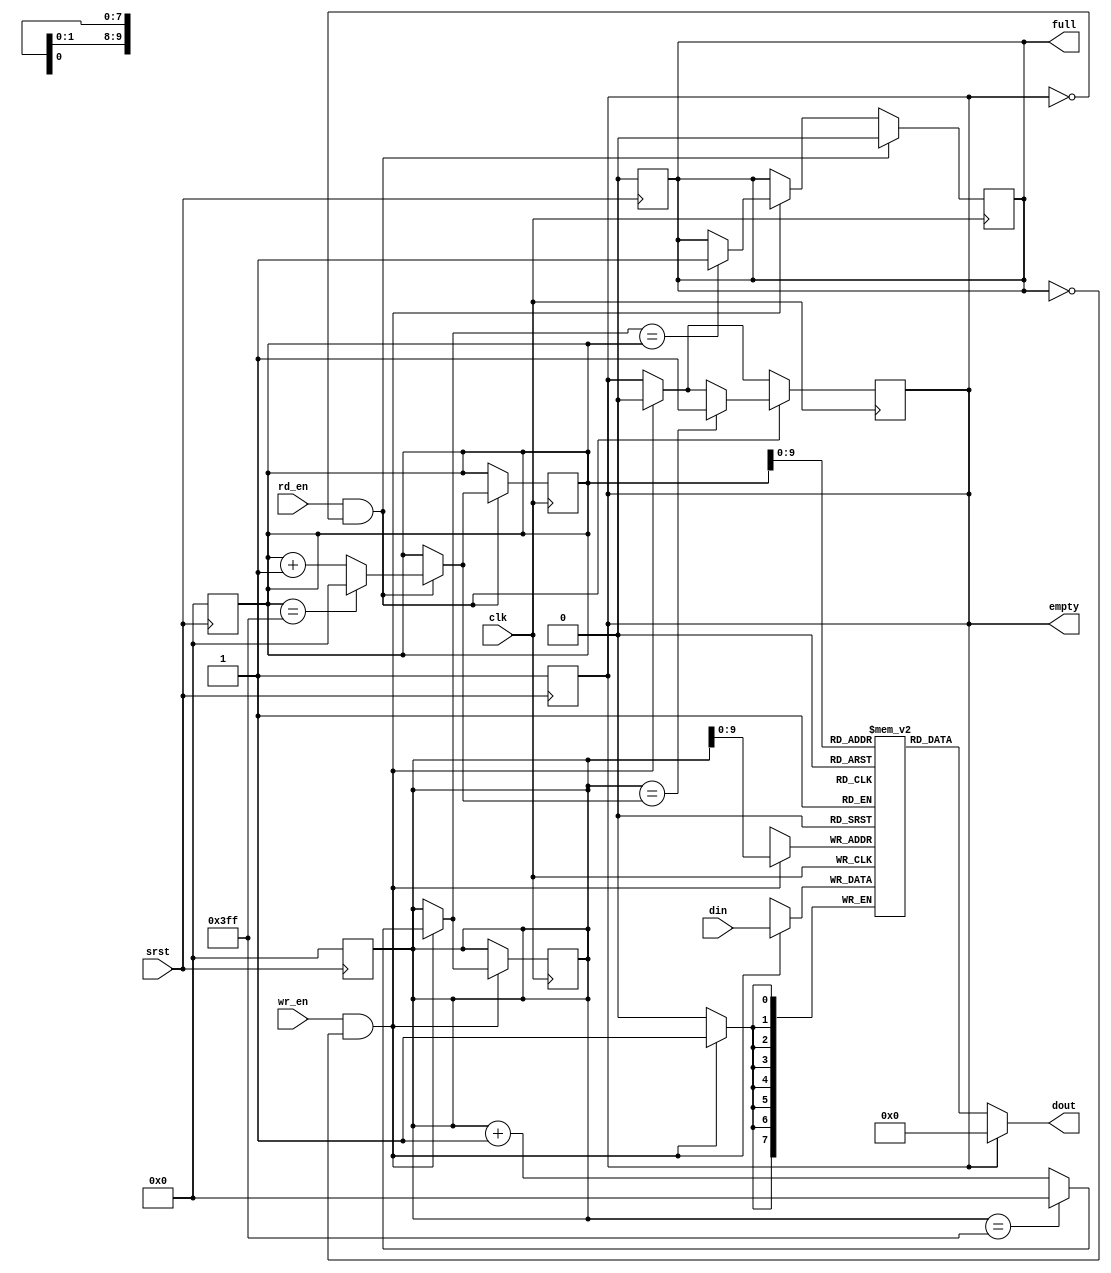
`timescale 1ns / 1ps
/////////////////////////////////////////////////////////////////////////////////
// Company: 
// Engineer: 
// 
// Design Name: 
// Module Name: FIFO
// Project Name: 
// Target Devices: 
// Tool Versions: 
// Description: 
// 
// Dependencies: 
// 
// Revision:
// Revision 0.01 - File Created
// Additional Comments:
// 
/////////////////////////////////////////////////////////////////////////////////


module FIFO
    #(parameter data_size=8,depth=1024)(
    input clk,
    input srst,
    input [data_size-1:0] din,
    input wr_en,
    input rd_en,
    output [data_size-1:0] dout,
    output full,
    output empty
    );
    localparam sizee = $clog2(depth);
    integer k;
    reg [sizee:0] wr,wr_next,rd,rd_next;
    reg [data_size-1:0] fifo [0:depth-1];
    reg emptyreg,fullreg;
    always @(posedge clk)
    begin
        if(wr_en&&~fullreg) begin 
            fifo[wr] <= din;
            wr <= wr_next;
            emptyreg<=0;
            if(wr_next == rd)
                fullreg <= 1;
        end
        if(rd_en && ~emptyreg) begin
            rd <= rd_next;
            fullreg <=0;
            if(wr == rd_next)
                emptyreg<=1;
        end
    end
    always @(posedge srst) begin
            wr <= 0;
            rd <= 0;
            fullreg <= 0;
            emptyreg <=1;
    end
    always @(*)
    begin
        rd_next = rd;
        wr_next = wr;
        if(wr_en&&~fullreg) begin
            wr_next = wr+1;
            if(wr == depth-1)
                wr_next = 0;
        end
        if(rd_en && ~emptyreg) begin
            rd_next = rd+1;
            if(rd == depth-1) 
                rd_next = 0;
        end
    end
    assign dout = emptyreg ? 'b0:fifo[rd];
    assign empty = emptyreg;
    assign full = fullreg;
endmodule